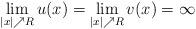
LaTeX: \begin{align*} \lim\limits_{|x|\nearrow R}u(x)= \lim\limits_{|x|\nearrow R}v(x)=\infty\end{align*}